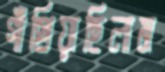
গাঁথিয়াছিলাম